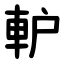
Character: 䡎